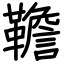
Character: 韂